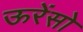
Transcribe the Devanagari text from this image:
ऊरेंसो